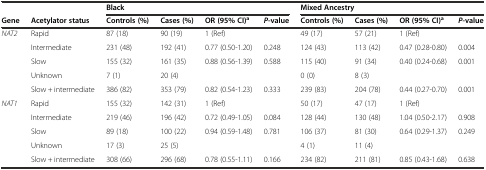
<table><thead><tr><td></td><td></td><td colspan="4"><b>Black</b></td><td colspan="4"><b>Mixed Ancestry</b></td></tr><tr><td><b>Gene</b></td><td><b>Acetylator status</b></td><td><b>Controls (%)</b></td><td><b>Cases (%)</b></td><td><b>OR (95% CI)<sup>a</sup></b></td><td><b><i>P</i>-value</b></td><td><b>Controls (%)</b></td><td><b>Cases (%)</b></td><td><b>OR (95% CI)<sup>a</sup></b></td><td><b><i>P</i>-value</b></td></tr></thead><tbody><tr><td rowspan="5"><i>NAT2</i></td><td>Rapid</td><td>87 (18)</td><td>90 (19)</td><td>1 (Ref)</td><td></td><td>49 (17)</td><td>57 (21)</td><td>1 (Ref)</td><td></td></tr><tr><td>Intermediate</td><td>231 (48)</td><td>192 (41)</td><td>0.77 (0.50-1.20)</td><td>0.248</td><td>124 (43)</td><td>113 (42)</td><td>0.47 (0.28-0.80)</td><td>0.004</td></tr><tr><td>Slow</td><td>155 (32)</td><td>161 (35)</td><td>0.88 (0.56-1.39)</td><td>0.588</td><td>115 (40)</td><td>91 (34)</td><td>0.40 (0.24-0.68)</td><td>0.001</td></tr><tr><td>Unknown</td><td>7 (1)</td><td>20 (4)</td><td></td><td></td><td>0 (0)</td><td>8 (3)</td><td></td><td></td></tr><tr><td>Slow + intermediate</td><td>386 (82)</td><td>353 (79)</td><td>0.82 (0.54-1.23)</td><td>0.333</td><td>239 (83)</td><td>204 (78)</td><td>0.44 (0.27-0.70)</td><td>0.001</td></tr><tr><td rowspan="5"><i>NAT1</i></td><td>Rapid</td><td>155 (32)</td><td>142 (31)</td><td>1 (Ref)</td><td></td><td>50 (17)</td><td>47 (17)</td><td>1 (Ref)</td><td></td></tr><tr><td>Intermediate</td><td>219 (46)</td><td>196 (42)</td><td>0.72 (0.49-1.05)</td><td>0.084</td><td>128 (44)</td><td>130 (48)</td><td>1.04 (0.50-2.17)</td><td>0.908</td></tr><tr><td>Slow</td><td>89 (18)</td><td>100 (22)</td><td>0.94 (0.59-1.48)</td><td>0.781</td><td>106 (37)</td><td>81 (30)</td><td>0.64 (0.29-1.37)</td><td>0.249</td></tr><tr><td>Unknown</td><td>17 (3)</td><td>25 (5)</td><td></td><td></td><td>4 (1)</td><td>11 (4)</td><td></td><td></td></tr><tr><td>Slow + intermediate</td><td>308 (66)</td><td>296 (68)</td><td>0.78 (0.55-1.11)</td><td>0.166</td><td>234 (82)</td><td>211 (81)</td><td>0.85 (0.43-1.68)</td><td>0.638</td></tr></tbody></table>